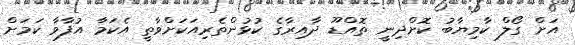
އަށް ގޯލް ކާމިޔާބު ކޮށްދިނީ ތޮއްޑޫ ދާއިރާގެ ކުޅުންތެރިއަކަށްވާތީ އެކަމާ އުފާވާ ކަމަށް